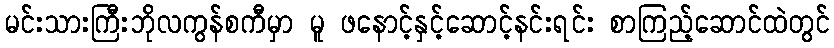
မင်းသားကြီးဘိုလကွန်စကီမှာ မူ ဖနောင့်နှင့်ဆောင့်နင်းရင်း စာကြည့်ဆောင်ထဲတွင်